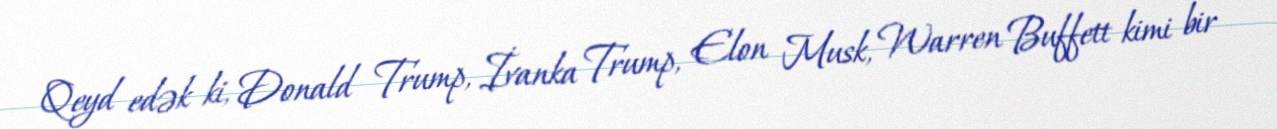
Qeyd edək ki, Donald Trump, İvanka Trump, Elon Musk, Warren Buffett kimi bir